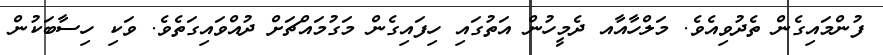
ފުންމައިގެން ތެދުވިއެވެ. މަލްހާއާއ ދެމީހުން އަތުގައި ހިފައިގެން މަގުމައްޗަށް ދުއްވައިގަތެވެ. ވަކި ހިސާބަކުން